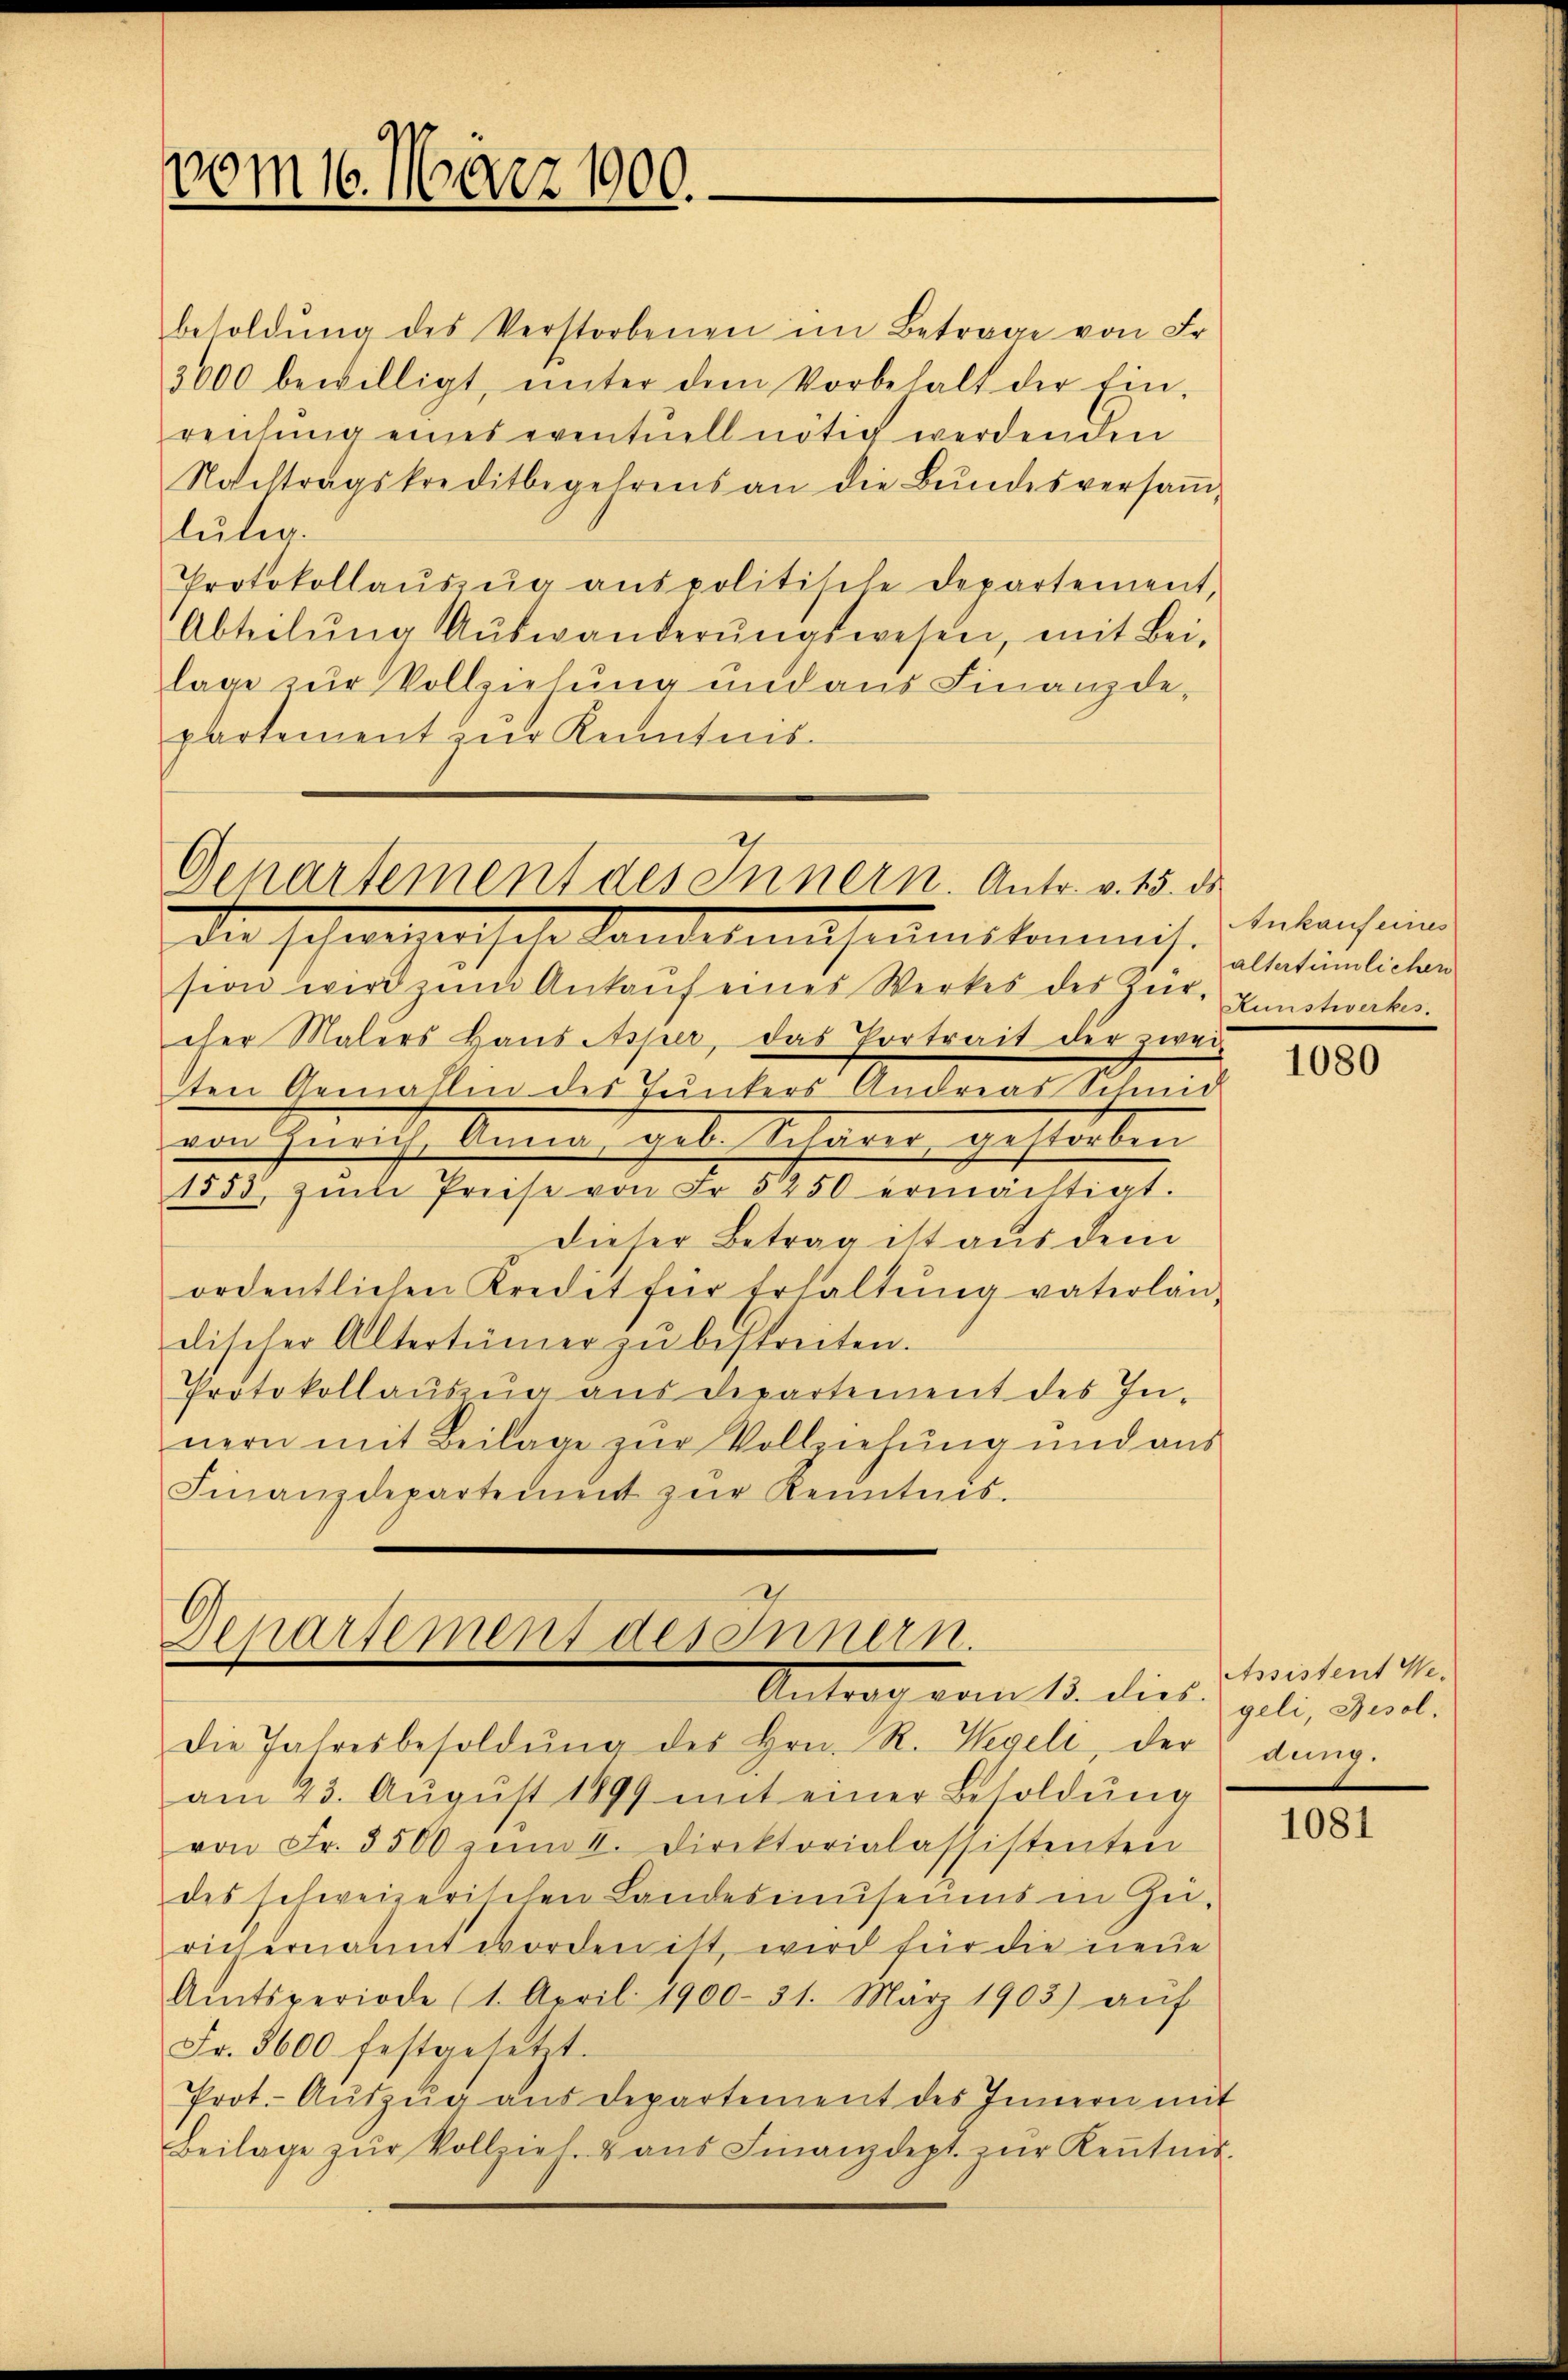
vom 16. März 1900.

besoldŭng des Verstorbenen im Betrage von Fr.
3000 bewilligt, ŭnter dem Vorbehalt der Ein-
reichŭng eines eventuell nötig werdenden
Nachtragskreditbegehrens an die Bundesversaṁ-
lutig.
Protokollaŭszŭg anspolitische Departement,
Abteilŭng Auswanderungswesen, mit Beilage zur Vollziehung und aus Finanzdepartement zur Kenntnis¬

Departement des Innern. Antr. v. 15. ds.

Departement des Innern.
Antrag vom 13. dies

Die schwachen hohe Landerungsumskommnis
sion wird zŭm Ankaŭf eines Werkes des Zür- kunstwakes.
cher Malers Haŭs Asper, das Vortrait der zwei
ten Gemahlen des Tŭnkers Andreas Schmid
wuthenthebenen gebe Sehnen gestreten
1853, zum Preise von Fr. 5250 ermächtigt.
Dieser Betrag ist aus dem
ordentlichen Kredit für Erhaltung vaterländischer Altertümer zŭ bestreiten.
Protokollauszug aus Departement des Innern mit Beilage zur Vollziehung und aus
Finanzdepartement zŭr Kenntnis.

die Jahresbesoldŭng des Hrn. R. Wegeli, der dŭng.
am 23. Aŭgŭst 1899 mit einer Besoldŭng
von Fr. 3500 zŭm II. Direktorialassistenten
des schweizerischen Landesimuseums in Zei-
rüchernannt worden ist, wird für die neue
Amtsperiode (1. April 1900. 31. März 1903) auf
Fr. 5600 festgesetzt.
Prot. Aŭszŭg aŭs departement des Innern mit
Beilage zŭr Vollziel u aŭs Finanzdept. zŭr Keṅtnis-

Ankaufeines
altertümlichen

1080

Assistent We-
geli, Resol

1081